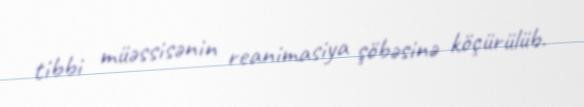
tibbi müəssisənin reanimasiya şöbəsinə köçürülüb.